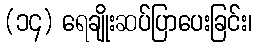
(၁၄) ရေချိုးဆပ်ပြာပေးခြင်း၊